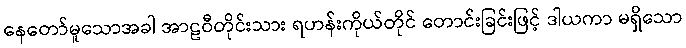
နေတော်မူသောအခါ အာဠဝီတိုင်းသား ရဟန်းကိုယ်တိုင် တောင်းခြင်းဖြင့် ဒါယကာ မရှိသော